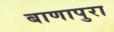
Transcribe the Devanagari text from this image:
बाणापुरा